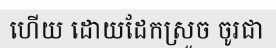
ហើយ ដោយដែកស្រួច ចូរជា